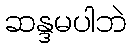
ဆန္ဒမပါဘဲ